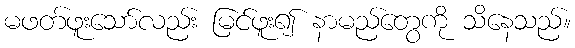
မဖတ်ဖူးသော်လည်း မြင်ဖူး၍ နာမည်တွေကို သိနေသည်။